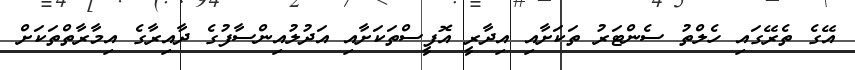
އޭގެ ތެރޭގައި ހެލްތު ސެންޓަރު ތަކަށާއި އިދާރީ އޮފީސްތަކަށާއި އަދުލުއިންސާފުގެ ދާއިރާގެ އިމާރާތްތަކަށް